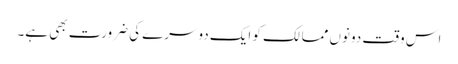
اس وقت دونوں ممالک کو ایک دوسرے کی ضرورت بھی ہے۔